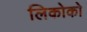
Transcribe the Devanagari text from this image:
लिकोको